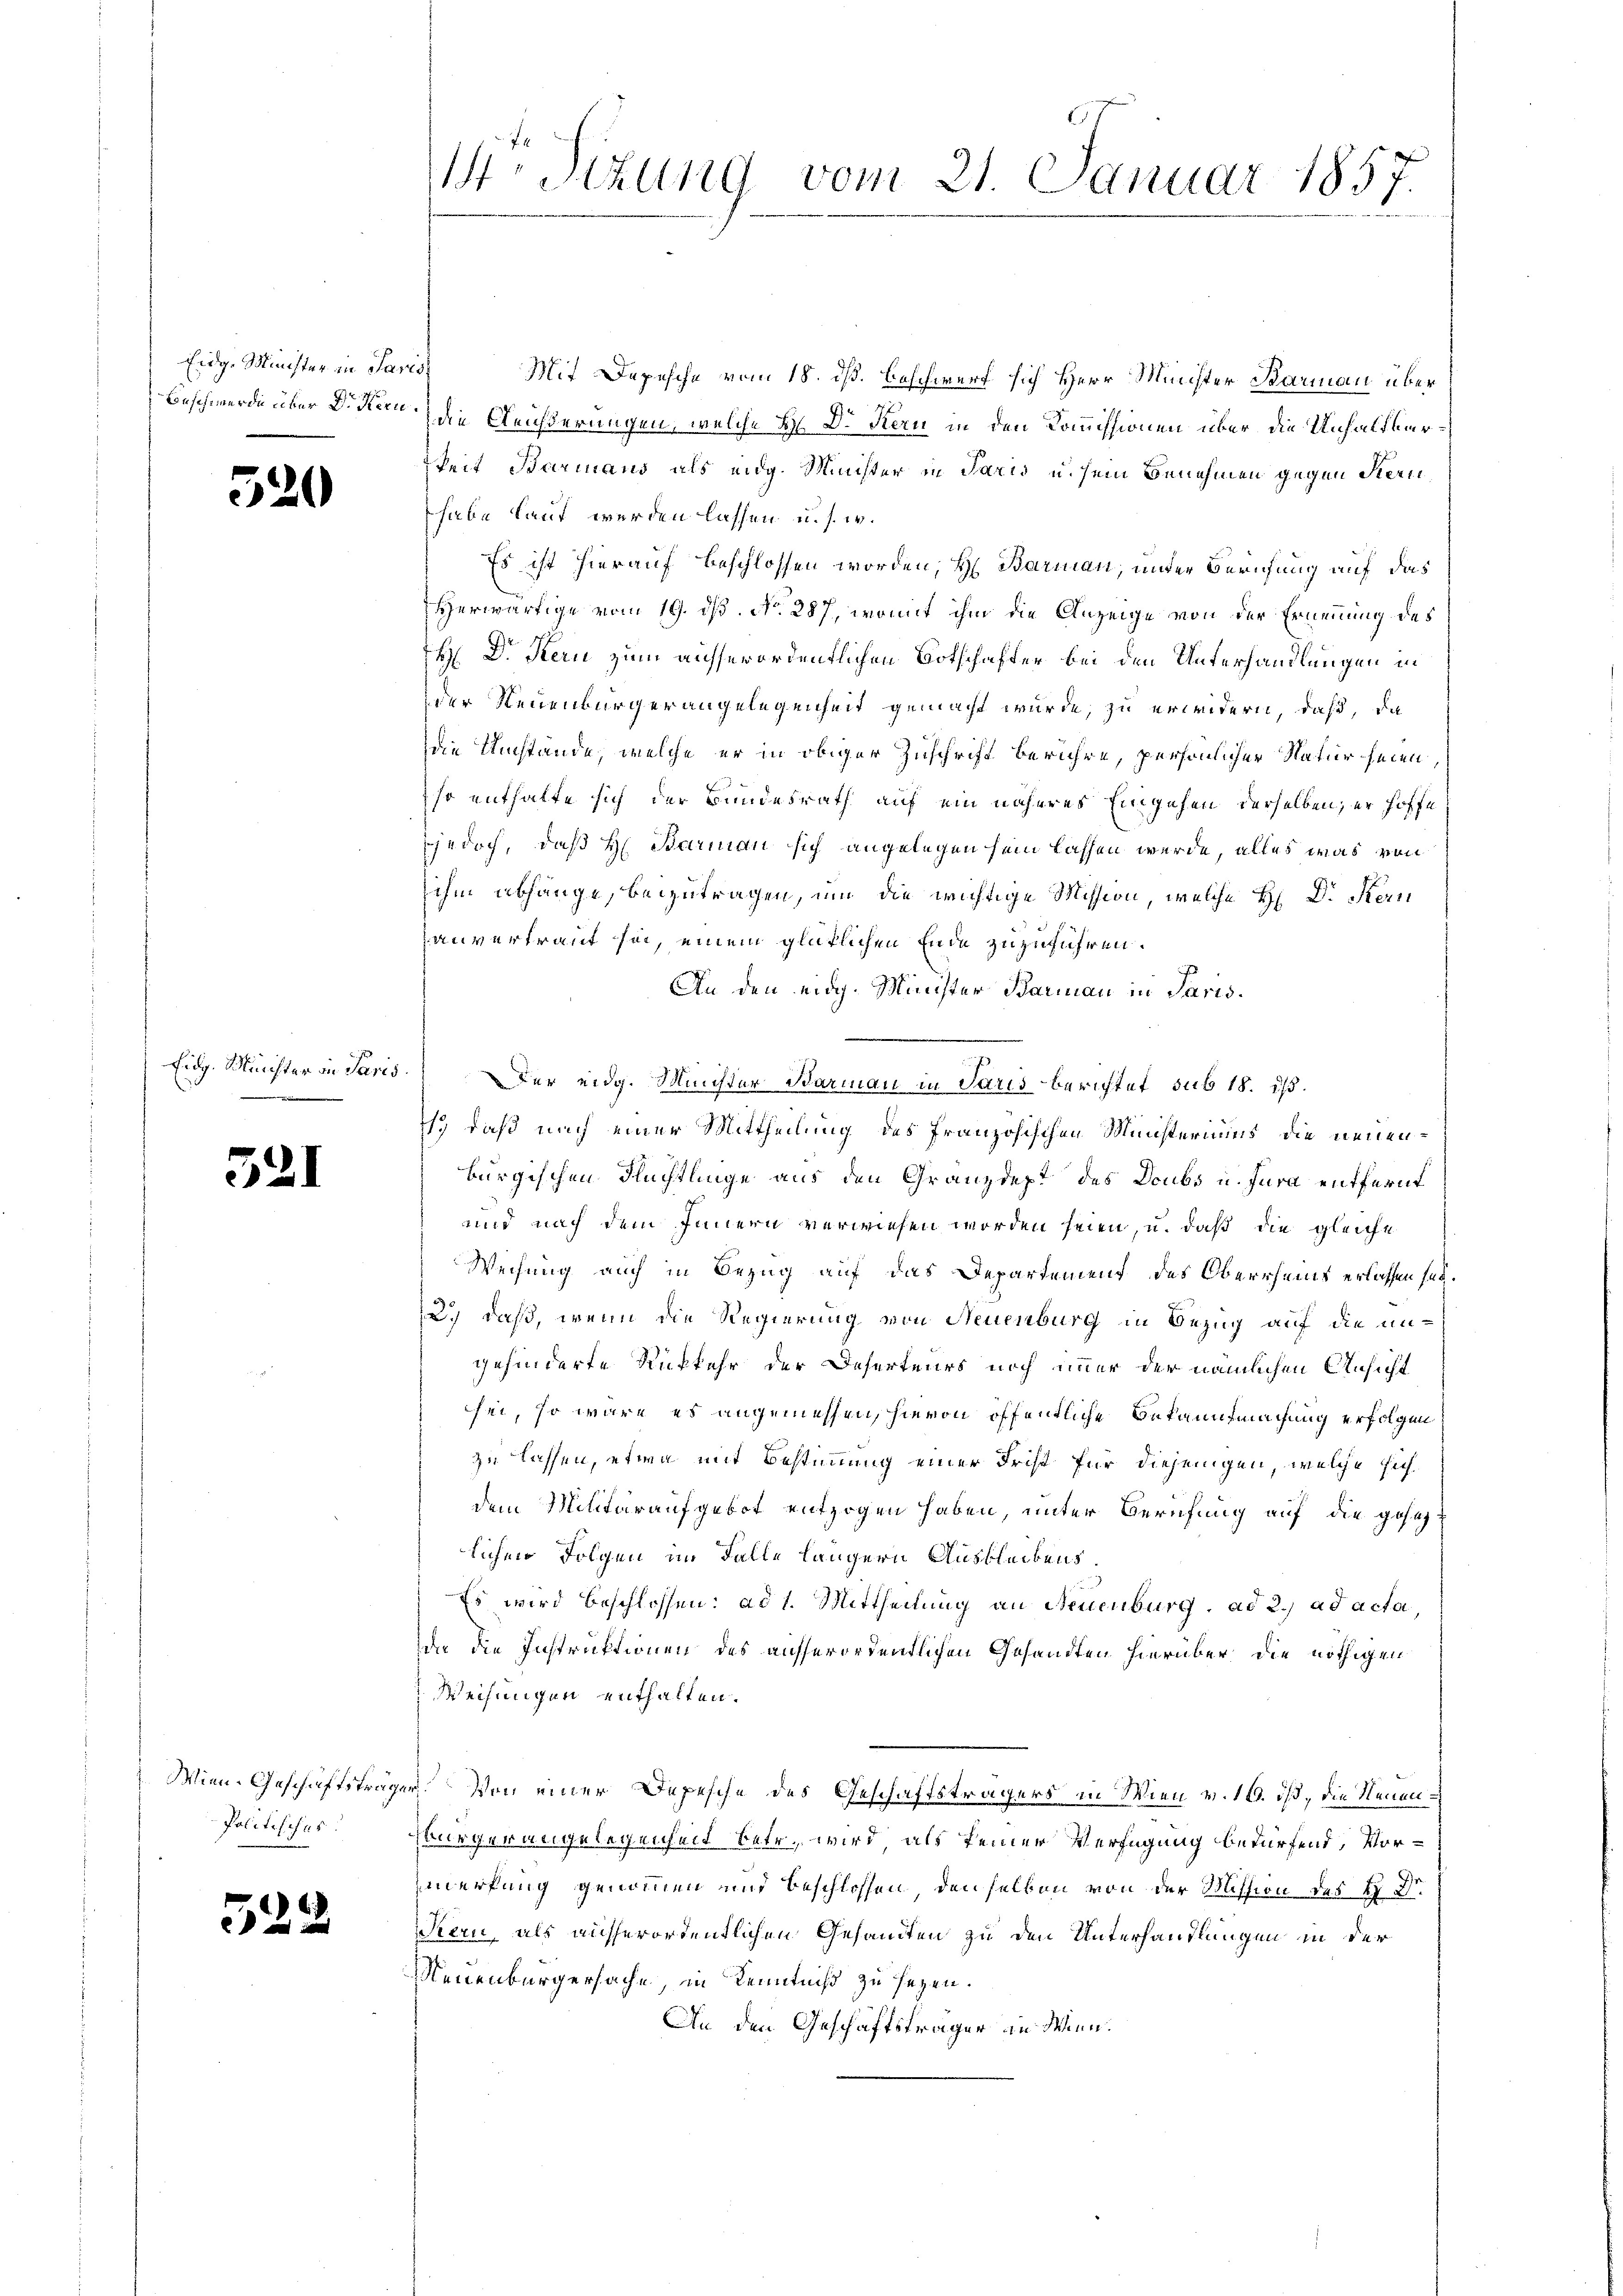
Eidg. Minister in Paris,

3

Eidg. Meichter in Paris

)

Wien Geschäftsträgen
Politisches.

55

21)

.

.

1r Sizung vom 21. Januar 1857.

Mit Depesche vom 18. dß. Beschwurf sich Herr Machter Barmann über
Beschwerde über Dittern die Gleicherungen, welche H. Dr Kau in den Kommissionen über die Unhaltberkeit Barmans als eidg. Minister in Paris u. sein Benehmen gegen Stern,
habe laut werden lassen u. s. w.
Es ist hierauf beschlossen worden, H. Barmann, unter Berufung auf das
Herwärtige vom 19. dß. No. 287, womit ihm die Anzeige von der Ernennung des
H: Dr. Kern zum ausserordentlichen Botschafter bei den Unterhandlungen in
der Neuenbürgerangelegenheit gemacht wurde, zu erwidern, daß, da
die Umstände, welche er in obiger Zuschrift berühre, persönlicher Natur seien
Isr enthalte sich der Bundesrath auf ein näheres Eingehen derselben er hoffe
sjedoch, daß H. Barman sich angelegen sein lassen werde, alles was von
ihm abhänge, beizutragen, um die wichtige Mission, welche H: Dr. Kein
anvertraut sei, einem glüklichen Ende zuzuführen.
An den eidg. Minister Barmann in Paris.
Der eidg. Minister Barmann in Paris berichtet sub 18. iß.
s. daß nach einer Mittheilung des französischen Ministeriums, die neuenburgischen Flüchtlinge aus den Gränzdept des Deubs u. Jura entfernt
und nach dem Innern verwiesen worden seien, u. daß die gleiche
Weisung auch in Bezug auf das Departement des Oberrheins erlassen sei.
2.) daß, wenn die Regierung von Neuenburg in Bezug auf die ungehinderte Rückkehr der Deserteurs noch immer der nämlichen Ansicht
sei, so wäre es angemessen, hievon öffentliche Bekanntmachung erfolgen
zu lassen, etwa mit Bestimmung einer Frist für diejenigen, welche sich
dem Militaraufgebot entzogen haben, unter Berufung auf die gesezlichen Folgen im Falle längern Ausbleibens.
Es wird beschlossen: ad 1. Mittheilung an Neuenburg. ad 2., ad acta,
da die Instruktionen des ausserordentlichen Gesandten hierüber die nöthigen
Weisungen enthalten.
v. Von einer Depesche des Geschäftsträgers in Wien v. 16. dß, die Neuenbürgerangelegenheit betr. wird, als keiner Verfügung bedürfend, Vormerkung genommen und beschlossen, denselben von der Mission des H. Dr.
tern, als ausserordentlichen Gesandten zu den Unterhandlungen in der
Neuenburgersache, in Kenntniß zu seyen.
An den Geschäftsträger an Wien.